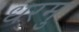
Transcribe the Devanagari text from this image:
धरमु